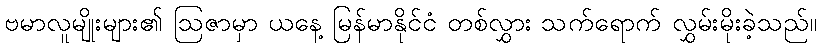
ဗမာလူမျိုးများ၏ ဩဇာမှာ ယနေ့ မြန်မာနိုင်ငံ တစ်လွှား သက်ရောက် လွှမ်းမိုးခဲ့သည်။